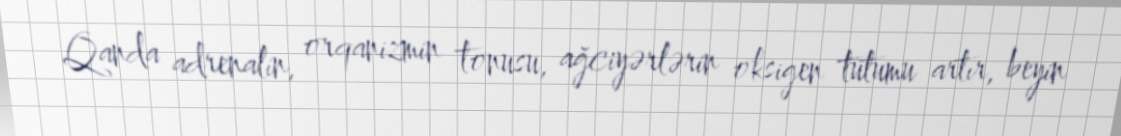
Qanda adrenalin, orqanizmin tonusu, ağciyərlərin oksigen tutumu artır, beyin